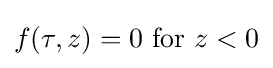
f(\tau ,z)=0{\text{ for }}z<0